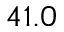
4 1 . 0